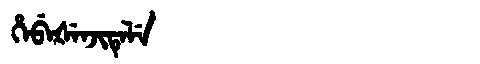
Manchu: ᡥᡝᠪᡝᡧᡝᠨᠵᡳᡨᡝᠯᡝ
Romanization: HEBEŠENJITELE